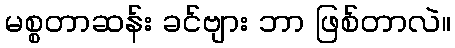
မစ္စတာဆန်း ခင်ဗျား ဘာ ဖြစ်တာလဲ။